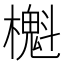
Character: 櫆